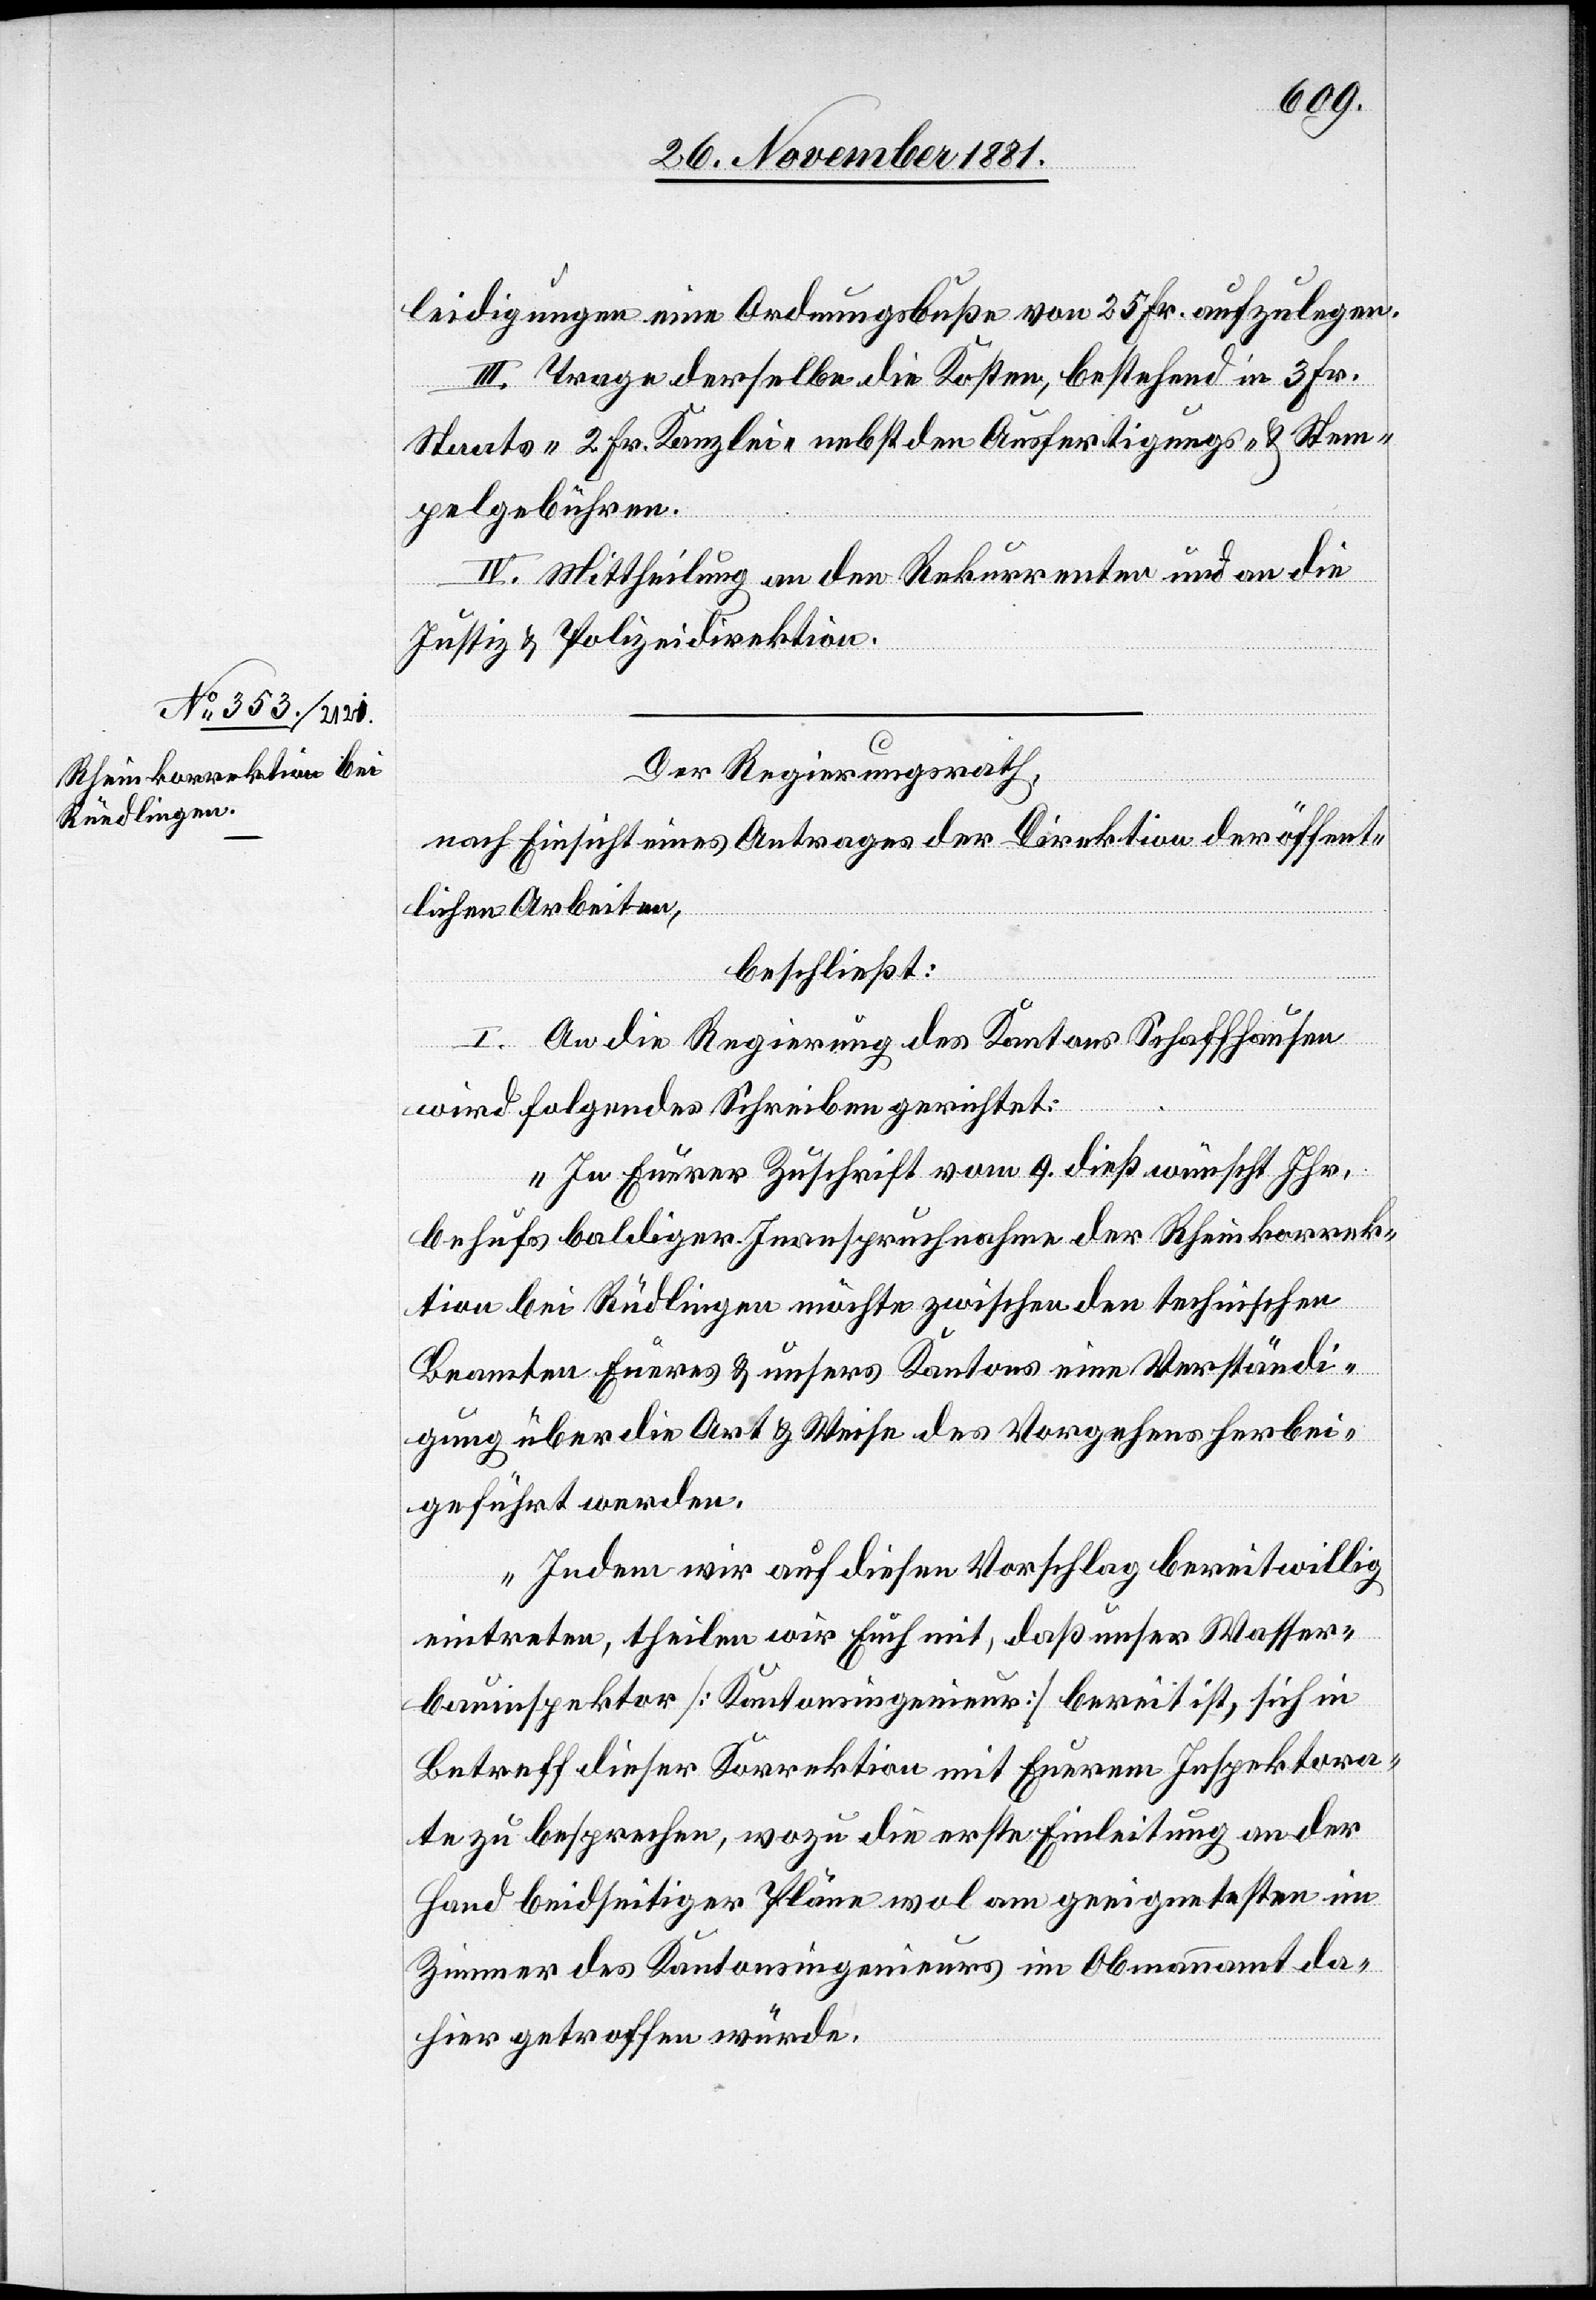
leidigungen eine Ordnungsbuße von 25 Fr. aufzulegen.
III. Trage derselbe die Kosten, bestehend in 3 Frk.
Staats-[,] 2 Fr. Kanzlei-[,] nebst den Ausfertigungs- & Stem¬
pelgebühren.
IV. Mittheilung an den Rekurrenten und an die
Justiz- & Polizeidirektion.
Der Regierungsrath,
nach Einsicht eines Antrages der Direktion der öffent¬
lichen Arbeiten,
beschließt:
I. An die Regierung des Kantons Schaffhausen
wird folgendes Schreiben gerichtet:
„In Euerer Zuschrift vom 9. dieß wünscht Ihr,
behufs baldiger Inanspruchnahme der Rheinkorrek¬
tion bei Rüdlingen möchte zwischen den technischen
Beamten Eueres & unsers Kantons eine Verständi¬
gung über die Art & Weise des Vorgehens herbei¬
geführt werden.
Indem wir auf diesen Vorschlag bereitwillig
eintreten, theilen wir Euch mit, daß unser Wasser¬
bauinspektor [Kantonsingenieur] bereit ist, sich in
Betreff dieser Korrektion mit Euerem Inspektora¬
te zu besprechen, wozu die erste Einleitung an der
Hand beidseitiger Pläne wol am geeignetsten im
Zimmer des Kantonsingenieurs im Obmannamt da¬
hier getroffen würde.